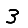
Digit: 3